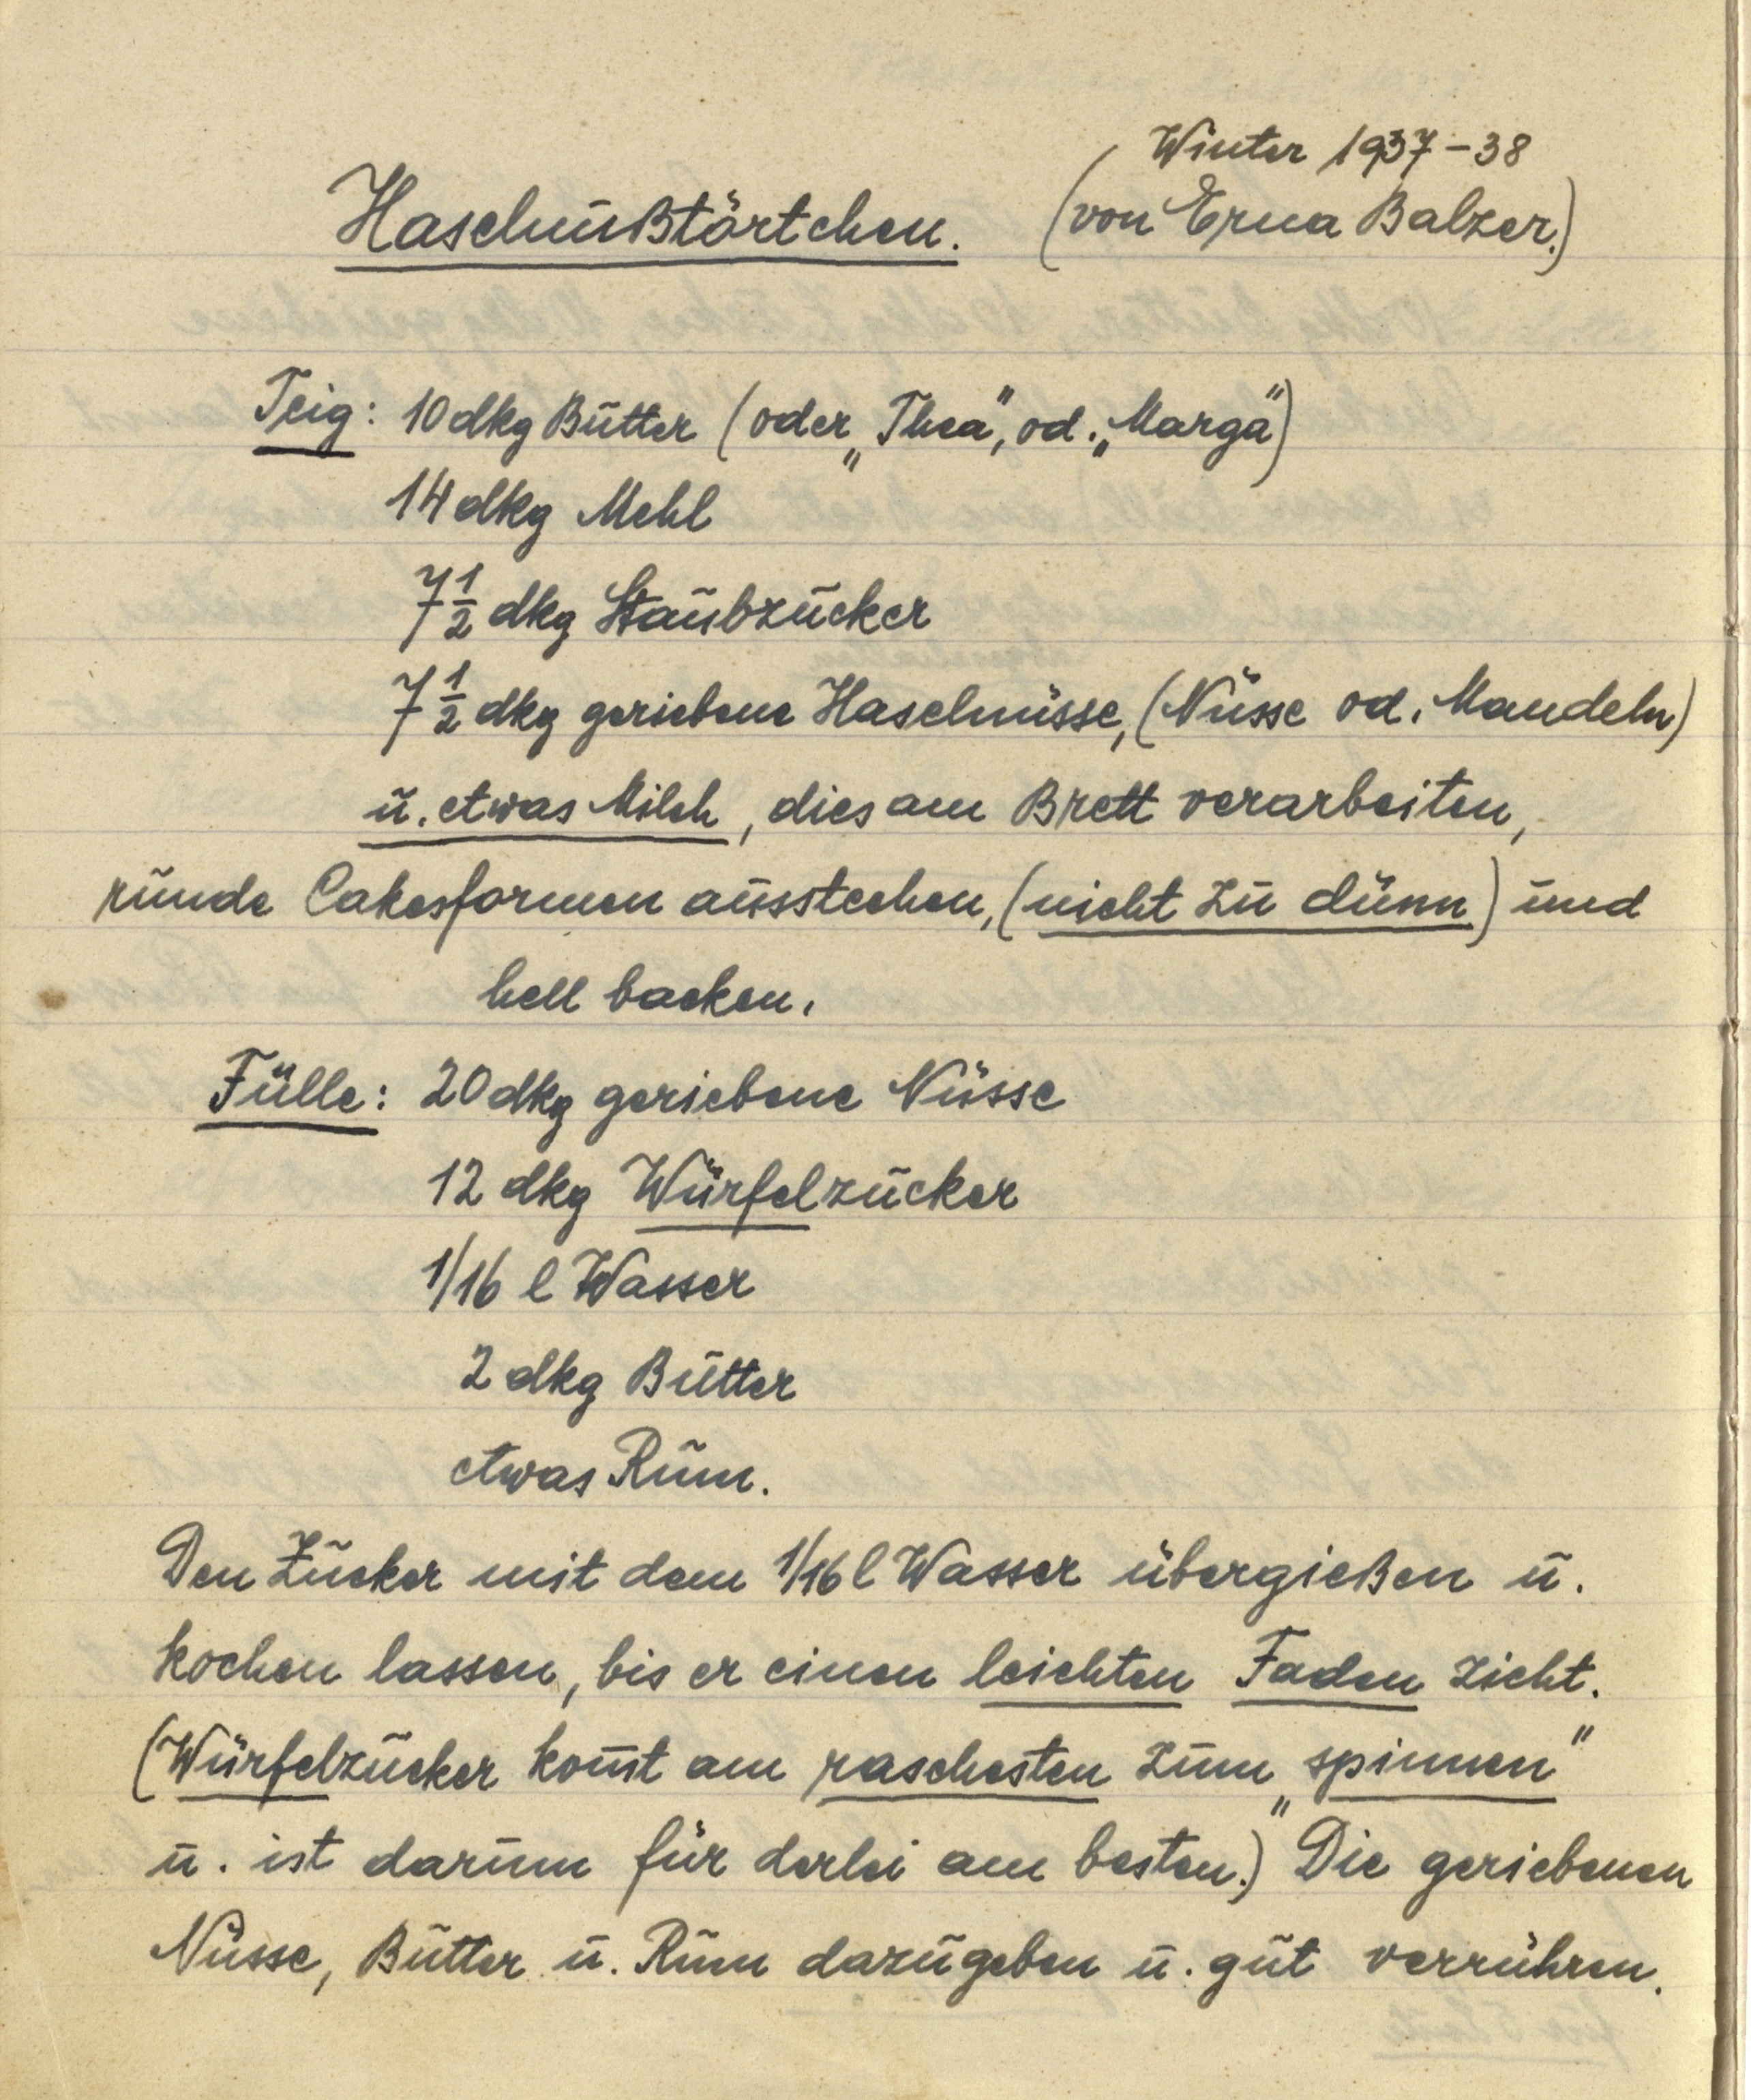
Haselnußtörtchen.

Teig: 10 dkg Butter (oder "Thea", od. "Marga")
14 dkg Mehl
7 ½ dkg Staubzucker
7 ½ dkg geriebene Haselnüsse, (Nüsse od. Mandeln)
u. etwas Milch, dies am Brett verarbeiten,
runde Cakesformen ausstechen, (nicht zu dünn) und
hell backen.

(Winter 1937-38
von Erna Balzer.)

Fülle: 20 dkg geriebene Nüsse
12 dkg Würfelzucker
1/16 l Wasser
2 dkg Butter
etwas Rum.

Den Zucker mit dem 1/16 l Wasser übergießen u.
kochen lassen, bis er einen leichten Faden zieht.
(Würfelzucker komt am raschesten zum "spinnen"
u. ist darum für derlei am besten.) Die geriebenen
Nüsse, Butter u. Rum dazugeben u. gut verrühren.